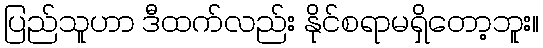
ပြည်သူဟာ ဒီထက်လည်း နိုင်စရာမရှိတော့ဘူး။